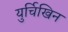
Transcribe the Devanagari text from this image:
युर्चिखिन